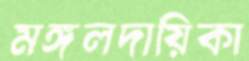
মঙ্গলদায়িকা